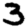
Digit: 3